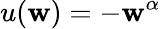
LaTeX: u(\mathbf{w})=-\mathbf{w}^{\alpha}